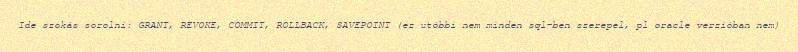
Ide szokás sorolni: GRANT, REVOKE, COMMIT, ROLLBACK, SAVEPOINT (ez utóbbi nem minden sql-ben szerepel, pl oracle verzióban nem)